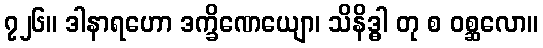
၇၂၆။ ဒါနာရဟော ဒက္ခိဏေယျော၊ သိနိဒ္ဓါ တု စ ဝစ္ဆလော။